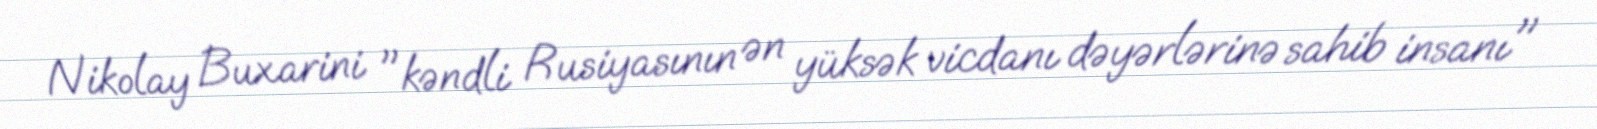
Nikolay Buxarini "kəndli Rusiyasının ən yüksək vicdanı dəyərlərinə sahib insanı"